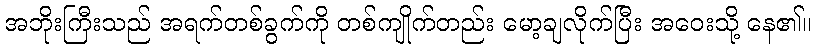
အဘိုးကြီးသည် အရက်တစ်ခွက်ကို တစ်ကျိုက်တည်း မော့ချလိုက်ပြီး အဝေးသို့ နေ၏။